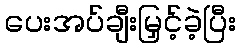
ပေးအပ်ချီးမြှင့်ခဲ့ပြီး